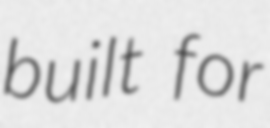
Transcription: built for